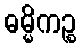
ဓမ္မိကဉ္စ